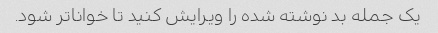
یک جمله بد نوشته شده را ویرایش کنید تا خواناتر شود.